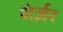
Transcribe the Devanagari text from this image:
शेर्ज़र